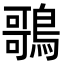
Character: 𪃿